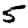
Digit: 5